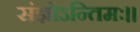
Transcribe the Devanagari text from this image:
संज्ञोऽन्तिमः॥